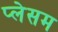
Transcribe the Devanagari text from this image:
प्लेसम